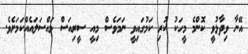
އޭނާ ވިދާޅުވީ ކޮންމެ މީހަކު ކުރި ކަމުގައިވީ ނަމަވެސް މިއީ ސީރިއަސް މައްސަލައެއްްކަމަށެވެ.